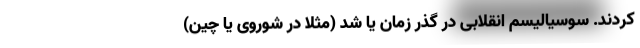
کردند. سوسیالیسم انقلابی در گذر زمان یا شد (مثلا در شوروی یا چین)